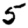
Digit: 5